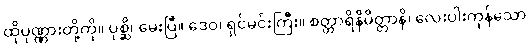
ထိုပုဏ္ဏားတို့ကို။ ပုစ္ဆိ၊ မေးပြီ။ ဒေဝ၊ ရှင်မင်းကြီး။ စတ္တာရိနိမိတ္တာနိ၊ လေးပါးကုန်သော